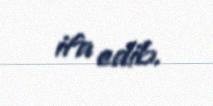
ifa edib.